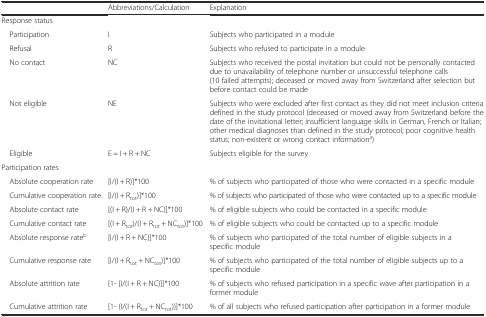
<table><thead><tr><td></td><td><b>Abbreviations/Calculation</b></td><td><b>Explanation</b></td></tr></thead><tbody><tr><td>Response status</td><td></td><td></td></tr><tr><td> Participation</td><td>I</td><td>Subjects who participated in a module</td></tr><tr><td> Refusal</td><td>R</td><td>Subjects who refused to participate in a module</td></tr><tr><td> No contact</td><td>NC</td><td>Subjects who received the postal invitation but could not be personally contacted due to unavailability of telephone number or unsuccessful telephone calls (10 failed attempts); deceased or moved away from Switzerland after selection but before contact could be made</td></tr><tr><td> Not eligible</td><td>NE</td><td>Subjects who were excluded after first contact as they did not meet inclusion criteria defined in the study protocol (deceased or moved away from Switzerland before the date of the invitational letter; insufficient language skills in German, French or Italian; other medical diagnoses than defined in the study protocol; poor cognitive health status; non-existent or wrong contact information<sup>a</sup>)</td></tr><tr><td> Eligible</td><td>E = I + R + NC</td><td>Subjects eligible for the survey</td></tr><tr><td>Participation rates</td><td></td><td></td></tr><tr><td> Absolute cooperation rate</td><td>[I/(I + R)]*100</td><td>% of subjects who participated of those who were contacted in a specific module</td></tr><tr><td> Cumulative cooperation rate</td><td>[I/(I + R<sub>tot</sub>)]*100</td><td>% of subjects who participated of those who were contacted up to a specific module</td></tr><tr><td> Absolute contact rate</td><td>[(I + R)/(I + R + NC)]*100</td><td>% of eligible subjects who could be contacted in a specific module</td></tr><tr><td> Cumulative contact rate</td><td>[(I + R<sub>tot</sub>)/(I + R<sub>tot</sub> + NC<sub>tot</sub>)]*100</td><td>% of eligible subjects who could be contacted up to a specific module</td></tr><tr><td> Absolute response rate<sup>b</sup></td><td>[I/(I + R + NC)]*100</td><td>% of subjects who participated of the total number of eligible subjects in a specific module</td></tr><tr><td> Cumulative response rate</td><td>[I/(I + R<sub>tot</sub> + NC<sub>tot</sub>)]*100</td><td>% of subjects who participated of the total number of eligible subjects up to a specific module</td></tr><tr><td> Absolute attrition rate</td><td>[1- [I/(I + R + NC)]]*100</td><td>% of subjects who refused participation in a specific wave after participation in a former module</td></tr><tr><td> Cumulative attrition rate</td><td>[1- (I/(I + R<sub>tot</sub> + NC<sub>tot</sub>))]*100</td><td>% of all subjects who refused participation after participation in a former module</td></tr></tbody></table>